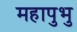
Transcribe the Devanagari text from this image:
महापुभु